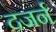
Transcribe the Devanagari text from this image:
दजर्न